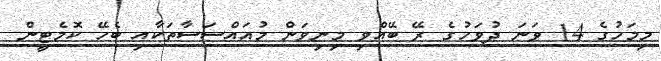
މިމަހުގެ 14 ވަނަ ދުވަހުގެ ރޭ ބޭއްވި މިނިވަން މުއައްސަސާތަކާއި ބެހޭ ކޮމެޓީން